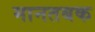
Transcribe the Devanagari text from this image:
मानतबक